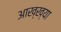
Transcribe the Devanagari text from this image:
आख्‍ख्या